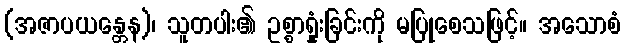
(အဇာပယန္တေန)၊ သူတပါး၏ ဥစ္စာရှုံးခြင်းကို မပြုစေသဖြင့်။ အသောစံ